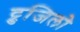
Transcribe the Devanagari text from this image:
ट्रुजिलो